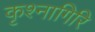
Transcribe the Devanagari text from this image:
कृश्नागिरि